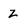
Character: z